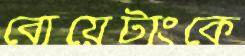
বোয়েটাংকে